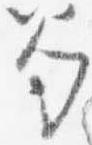
笏